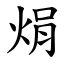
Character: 焆